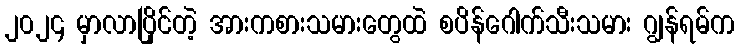
၂၀၂၄ မှာလာပြိုင်တဲ့ အားကစားသမားတွေထဲ စပိန်ဂေါက်သီးသမား ဂျွန်ရမ်က